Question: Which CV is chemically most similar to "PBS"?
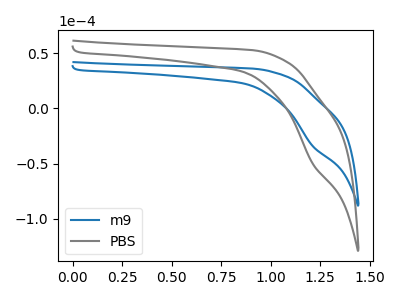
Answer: <think>The blue curve "m9" has a cathodic peak at: (1.20V, -34.35uA). The gray curve "PBS" has a cathodic peak at: (1.20V, -50.30uA).
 All the peaks in "m9" have a peak in "PBS" at the same potential. Every peak in "m9" is lower than every peak in "PBS".</think>
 <answer>The CV with the most similar shape to "m9" is "PBS".</answer>
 <eval>"PBS"</eval>